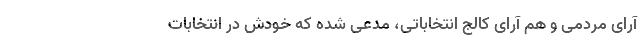
آرای مردمی و هم آرای کالج انتخاباتی، مدعی شده که خودش در انتخابات